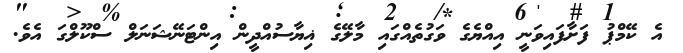
އެ ކޭމްޕު ފަށާފައިވަނީ އިއްޔެގެ ވަގުތެއްގައި މާލޭގެ ޣިޔާސުއްދީން އިންޓަނޭޝަނަލް ސްކޫލްގަ އެވެ.